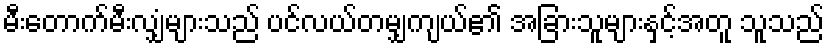
မီးတောက်မီးလျှံများသည် ပင်လယ်တမျှကျယ်၏ အခြားသူများနှင့်အတူ သူသည်